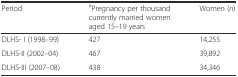
<table><thead><tr><td><b>Period</b></td><td><b><sup>a</sup>Pregnancy per thousand currently married women aged 15–19 years</b></td><td><b>Women (<i>n</i>)</b></td></tr></thead><tbody><tr><td>DLHS- I (1998–99)</td><td>427</td><td>14,255</td></tr><tr><td>DLHS-II (2002–04)</td><td>467</td><td>39,892</td></tr><tr><td>DLHS-III (2007–08)</td><td>438</td><td>34,346</td></tr></tbody></table>